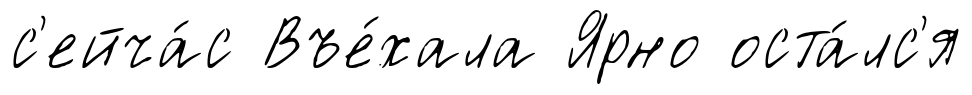
с'ейча́с Въе́хала Ярно оста́лс'я